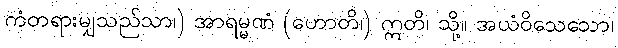
ကံတရားမျှသည်သာ၊) အာရမ္မဏံ (ဟောတိ၊) ဣတိ၊ သို့။ အယံဝိသေသော၊